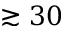
\gtrsim 3 0